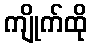
ကျိုက်ထို